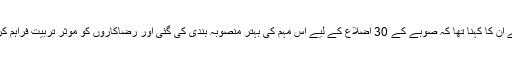
مہم کی کامیابی کی تفصیلات بتاتے ہوئے ان کا کہنا تھا کہ صوبے کے 30 اضلاع کے لیے اس مہم کی بہتر منصوبہ بندی کی گئی اور رضاکاروں کو موثر تربیت فراہم کر کے سائنسی بنیادوں پر مہم چلائی گئی۔